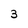
Character: 3